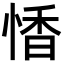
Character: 𪬏